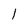
Character: l